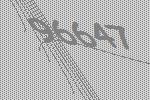
96647